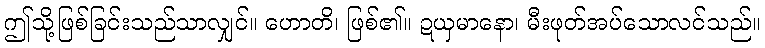
ဤသို့ဖြစ်ခြင်းသည်သာလျှင်။ ဟောတိ၊ ဖြစ်၏။ ဍယှမာနော၊ မီးဖုတ်အပ်သောလင်သည်။